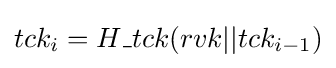
tck_{i}=H\_tck(rvk||tck_{i-1})